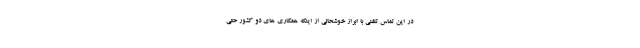
در این تماس تلفنی با ابراز خوشحالی از اینکه همکاری های دو کشور حتی